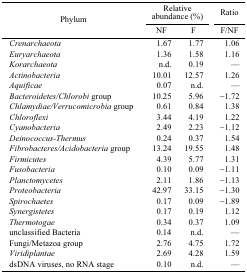
| <ROWSPAN=3> Phylum | <COLSPAN=2> Relative abundance (%) | Ratio |
 | NF | F | F/NF |
 | --- | --- | --- | --- |
 | Crenarchaeota | 1.67 | 1.77 | 1.06 |
 | Euryarchaeota | 1.36 | 1.58 | 1.16 |
 | Korarchaeota | n.d. | 0.19 | — |
 | Actinobacteria | 10.01 | 12.57 | 1.26 |
 | Aquificae | 0.07 | n.d. | — |
 | Bacteroidetes/Chlorobi group | 10.25 | 5.96 | −1.72 |
 | Chlamydiae/Verrucomicrobia group | 0.61 | 0.84 | 1.38 |
 | Chloroflexi | 3.44 | 4.19 | 1.22 |
 | Cyanobacteria | 2.49 | 2.23 | −1.12 |
 | Deinococcus-Thermus | 0.24 | 0.37 | 1.54 |
 | Fibrobacteres/Acidobacteria group | 13.24 | 19.55 | 1.48 |
 | Firmicutes | 4.39 | 5.77 | 1.31 |
 | Fusobacteria | 0.10 | 0.09 | −1.11 |
 | Planctomycetes | 2.11 | 1.86 | −1.13 |
 | Proteobacteria | 42.97 | 33.15 | −1.30 |
 | Spirochaetes | 0.17 | 0.09 | −1.89 |
 | Synergistetes | 0.17 | 0.19 | 1.12 |
 | Thermotogae | 0.34 | 0.37 | 1.09 |
 | unclassified Bacteria | 0.14 | n.d. | — |
 | Fungi/Metazoa group | 2.76 | 4.75 | 1.72 |
 | Viridiplantae | 2.69 | 4.28 | 1.59 |
 | dsDNA viruses, no RNA stage | 0.10 | n.d. | — |